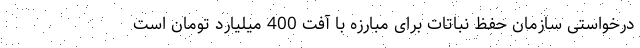
درخواستی سازمان حفظ نباتات برای مبارزه با آفت 400 میلیارد تومان است